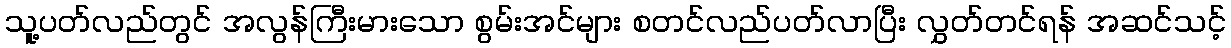
သူ့ပတ်လည်တွင် အလွန်ကြီးမားသော စွမ်းအင်များ စတင်လည်ပတ်လာပြီး လွှတ်တင်ရန် အဆင်သင့်